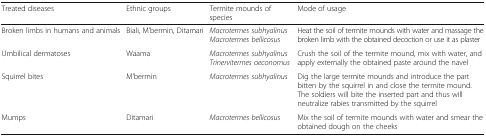
| Treated diseases | Ethnic groups | Termite mounds of species | Mode of usage |
 | --- | --- | --- | --- |
 | Broken limbs in humans and animals | Biali, M’bermin, Ditamari | Macrotermes subhyalinus Macrotermes bellicosus | Heat the soil of termite mounds with water and massage the broken limb with the obtained decoction or use it as plaster |
 | Umbilical dermatoses | Waama | Macrotermes subhyalinus Trinervitermes oeconomus | Crush the soil of the termite mound, mix with water, and apply externally the obtained paste around the navel |
 | Squirrel bites | M’bermin | Macrotermes subhyalinus | Dig the large termite mounds and introduce the part bitten by the squirrel in and close the termite mound. The soldiers will bite the inserted part and thus will neutralize rabies transmitted by the squirrel |
 | Mumps | Ditamari | Macrotermes bellicosus | Mix the soil of termite mounds with water and smear the obtained dough on the cheeks |